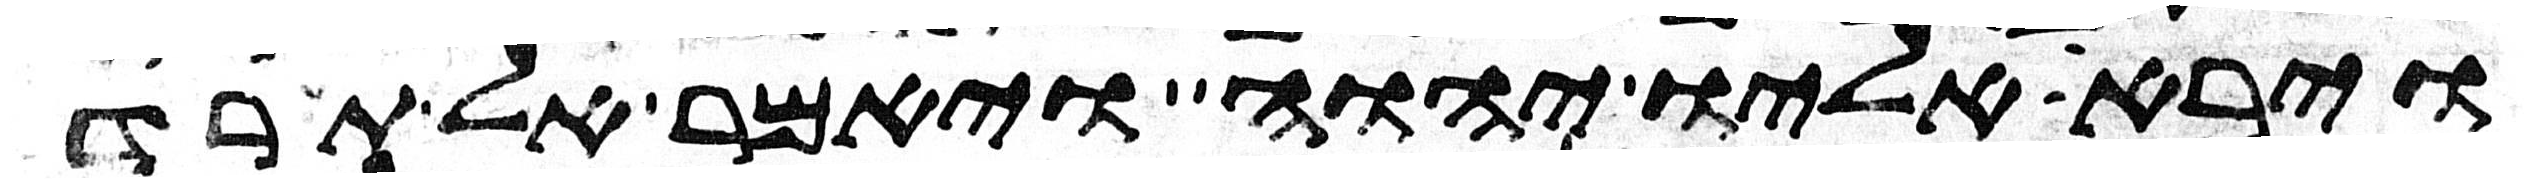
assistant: וירא אליו יהוה ויאמר אל תרד